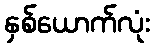
နှစ်ယောက်လုံး